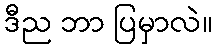
ဒီည ဘာ ပြမှာလဲ။